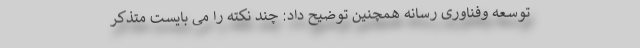
توسعه و­فناوری رسانه همچنین توضیح داد: چند نکته را می بایست متذکر